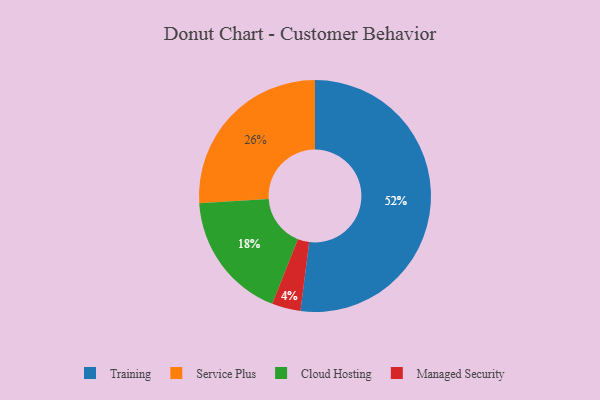
{"axis": {"x": "Category", "y": "Percentage"}, "legend": ["Cloud Hosting", "Managed Security", "Service Plus", "Training"], "data": [{"x": "Managed Security", "y": 4, "type": "Managed Security"}, {"x": "Service Plus", "y": 26, "type": "Service Plus"}, {"x": "Training", "y": 52, "type": "Training"}, {"x": "Cloud Hosting", "y": 18, "type": "Cloud Hosting"}]}